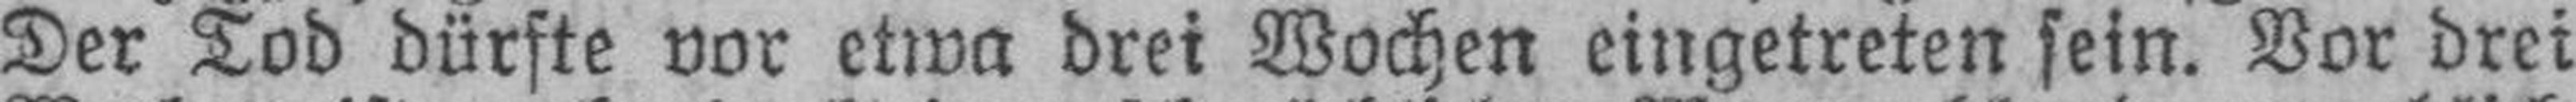
Der Tod dürfte vor etwa drei Wochen eingetreten sein. Vor drei